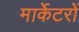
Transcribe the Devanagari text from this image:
मार्केटरों